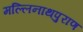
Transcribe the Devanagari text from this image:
मल्लिनाथपुराण